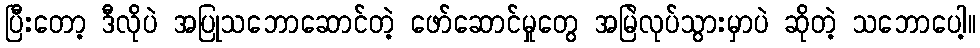
ပြီးတော့ ဒီလိုပဲ အပြုသဘောဆောင်တဲ့ ဖော်ဆောင်မှုတွေ အမြဲလုပ်သွားမှာပဲ ဆိုတဲ့ သဘောပေါ့။